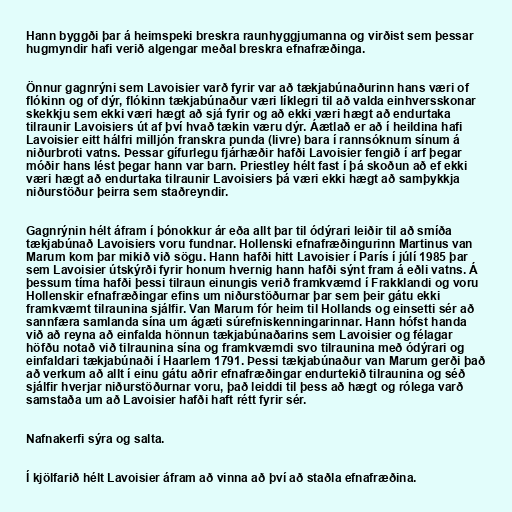
Hann byggði þar á heimspeki breskra raunhyggjumanna og virðist sem þessar
hugmyndir hafi verið algengar meðal breskra efnafræðinga.

Önnur gagnrýni sem Lavoisier varð fyrir var að tækjabúnaðurinn hans væri of
flókinn og of dýr, flókinn tækjabúnaður væri líklegri til að valda einhversskonar
skekkju sem ekki væri hægt að sjá fyrir og að ekki væri hægt að endurtaka
tilraunir Lavoisiers út af því hvað tækin væru dýr. Áætlað er að í heildina hafi
Lavoisier eitt hálfri milljón franskra punda (livre) bara í rannsóknum sínum á
niðurbroti vatns. Þessar gífurlegu fjárhæðir hafði Lavoisier fengið í arf þegar
móðir hans lést þegar hann var barn. Priestley hélt fast í þá skoðun að ef ekki
væri hægt að endurtaka tilraunir Lavoisiers þá væri ekki hægt að samþykkja
niðurstöður þeirra sem staðreyndir.

Gagnrýnin hélt áfram í þónokkur ár eða allt þar til ódýrari leiðir til að smíða
tækjabúnað Lavoisiers voru fundnar. Hollenski efnafræðingurinn Martinus van
Marum kom þar mikið við sögu. Hann hafði hitt Lavoisier í París í júlí 1985 þar
sem Lavoisier útskýrði fyrir honum hvernig hann hafði sýnt fram á eðli vatns. Á
þessum tíma hafði þessi tilraun einungis verið framkvæmd í Frakklandi og voru
Hollenskir efnafræðingar efins um niðurstöðurnar þar sem þeir gátu ekki
framkvæmt tilraunina sjálfir. Van Marum fór heim til Hollands og einsetti sér að
sannfæra samlanda sína um ágæti súrefniskenningarinnar. Hann hófst handa
við að reyna að einfalda hönnun tækjabúnaðarins sem Lavoisier og félagar
höfðu notað við tilraunina sína og framkvæmdi svo tilraunina með ódýrari og
einfaldari tækjabúnaði í Haarlem 1791. Þessi tækjabúnaður van Marum gerði það
að verkum að allt í einu gátu aðrir efnafræðingar endurtekið tilraunina og séð
sjálfir hverjar niðurstöðurnar voru, það leiddi til þess að hægt og rólega varð
samstaða um að Lavoisier hafði haft rétt fyrir sér.

Nafnakerfi sýra og salta.

Í kjölfarið hélt Lavoisier áfram að vinna að því að staðla efnafræðina.